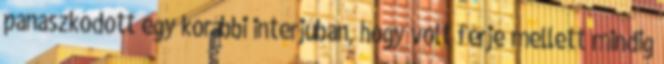
panaszkodott egy korábbi interjúban, hogy volt férje mellett mindig